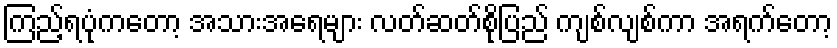
ကြည့်ရပုံကတော့ အသားအရေများ လတ်ဆတ်စိုပြည် ကျစ်လျစ်ကာ အရက်တော့